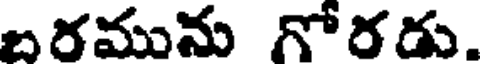
బరమును గోరడు.